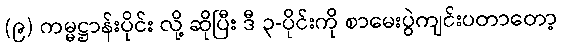
(၉) ကမ္မဋ္ဌာန်းပိုင်း လို့ ဆိုပြီး ဒီ ၃-ပိုင်းကို စာမေးပွဲကျင်းပတာတော့